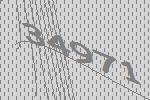
34971